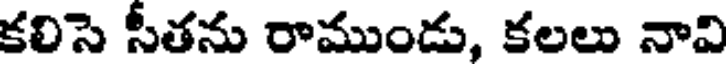
కలిసె సీతను రాముండు, కలలు నావి